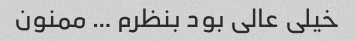
خیلی عالی بود بنظرم … ممنون